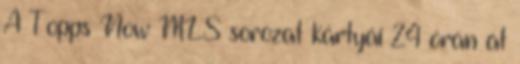
A Topps Now MLS sorozat kártyái 24 órán át